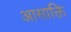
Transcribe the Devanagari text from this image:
आसाक्ति